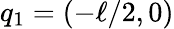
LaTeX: q_{1}=(-\ell/2,0)